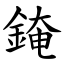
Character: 䤶